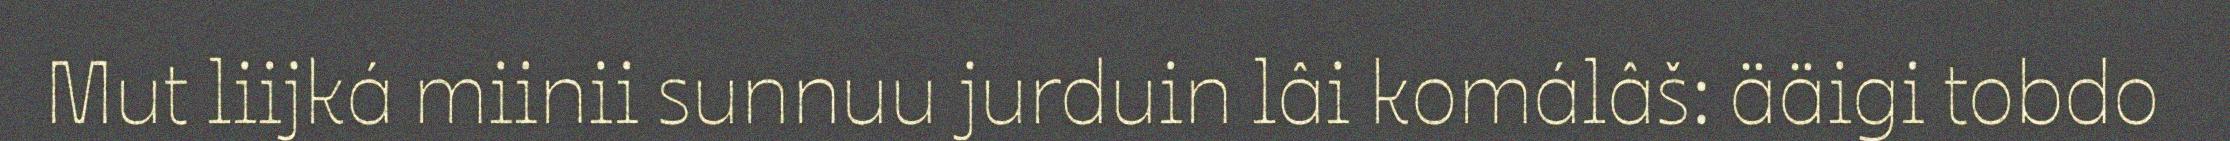
Mut liijká miinii sunnuu jurduin lâi komálâš: ääigi tobdo